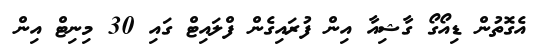
އެގޮތުން ޑިއޯގޯ ގާޝިއާ އިން ފުރައިގެން ފްލައިޓް ގައި 30 މިނިޓް އިން